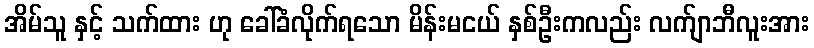
အိမ်သူ နှင့် သက်ထား ဟု ခေါ်ခံလိုက်ရသော မိန်းမငယ် နှစ်ဦးကလည်း လက်ျာဘီလူးအား